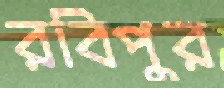
রবিপুর